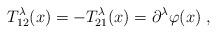
LaTeX: \begin{align*} T^\lambda_{12}(x) = -T^\lambda_{21}(x) = \partial^\lambda\varphi(x)\;,\end{align*}